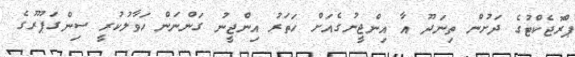
ޕްރޮޖެކްޓުގެ ދަށުން ތިނަދޫ އާ އިންޖީނުގެއަށް ހަތަރު އިންޖީނު ގަންނަން ހަވާލުކުރީ ސިންގަޕޫރުގެ